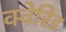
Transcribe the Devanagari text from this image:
क्वेरिड